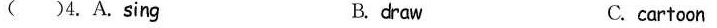
( )4.A.sing B.draw C.cartoon